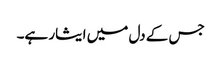
جس کے دل میں ایثار ہے۔